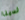
لدينا